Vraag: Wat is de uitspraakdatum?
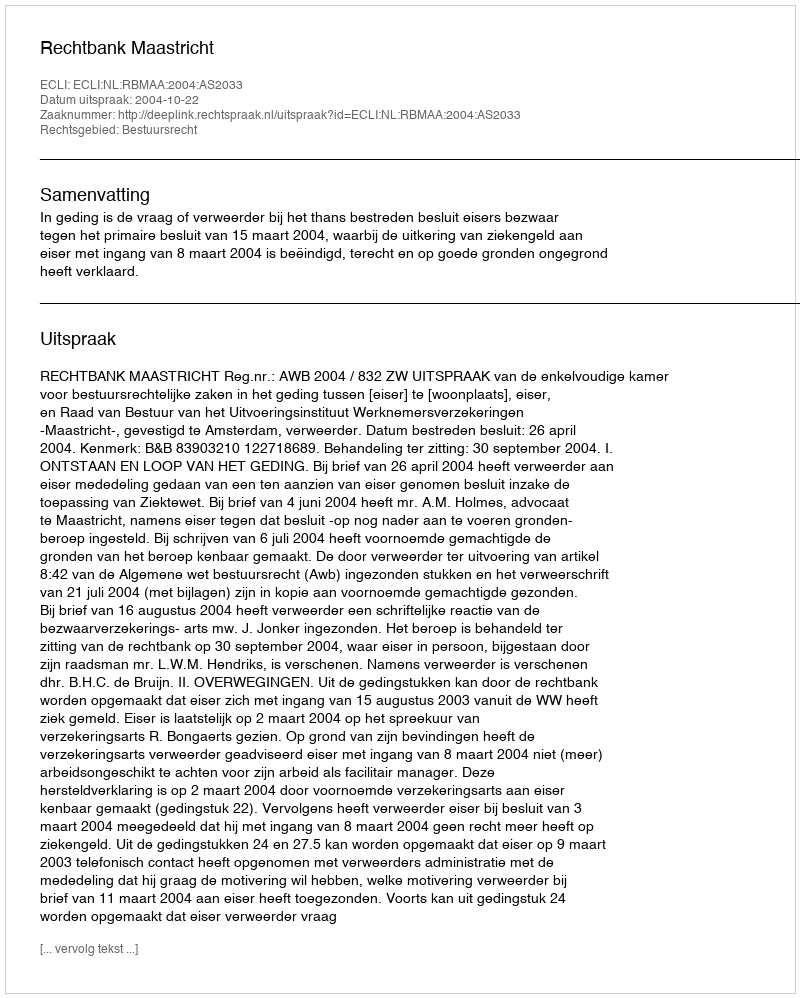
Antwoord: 2004-10-22